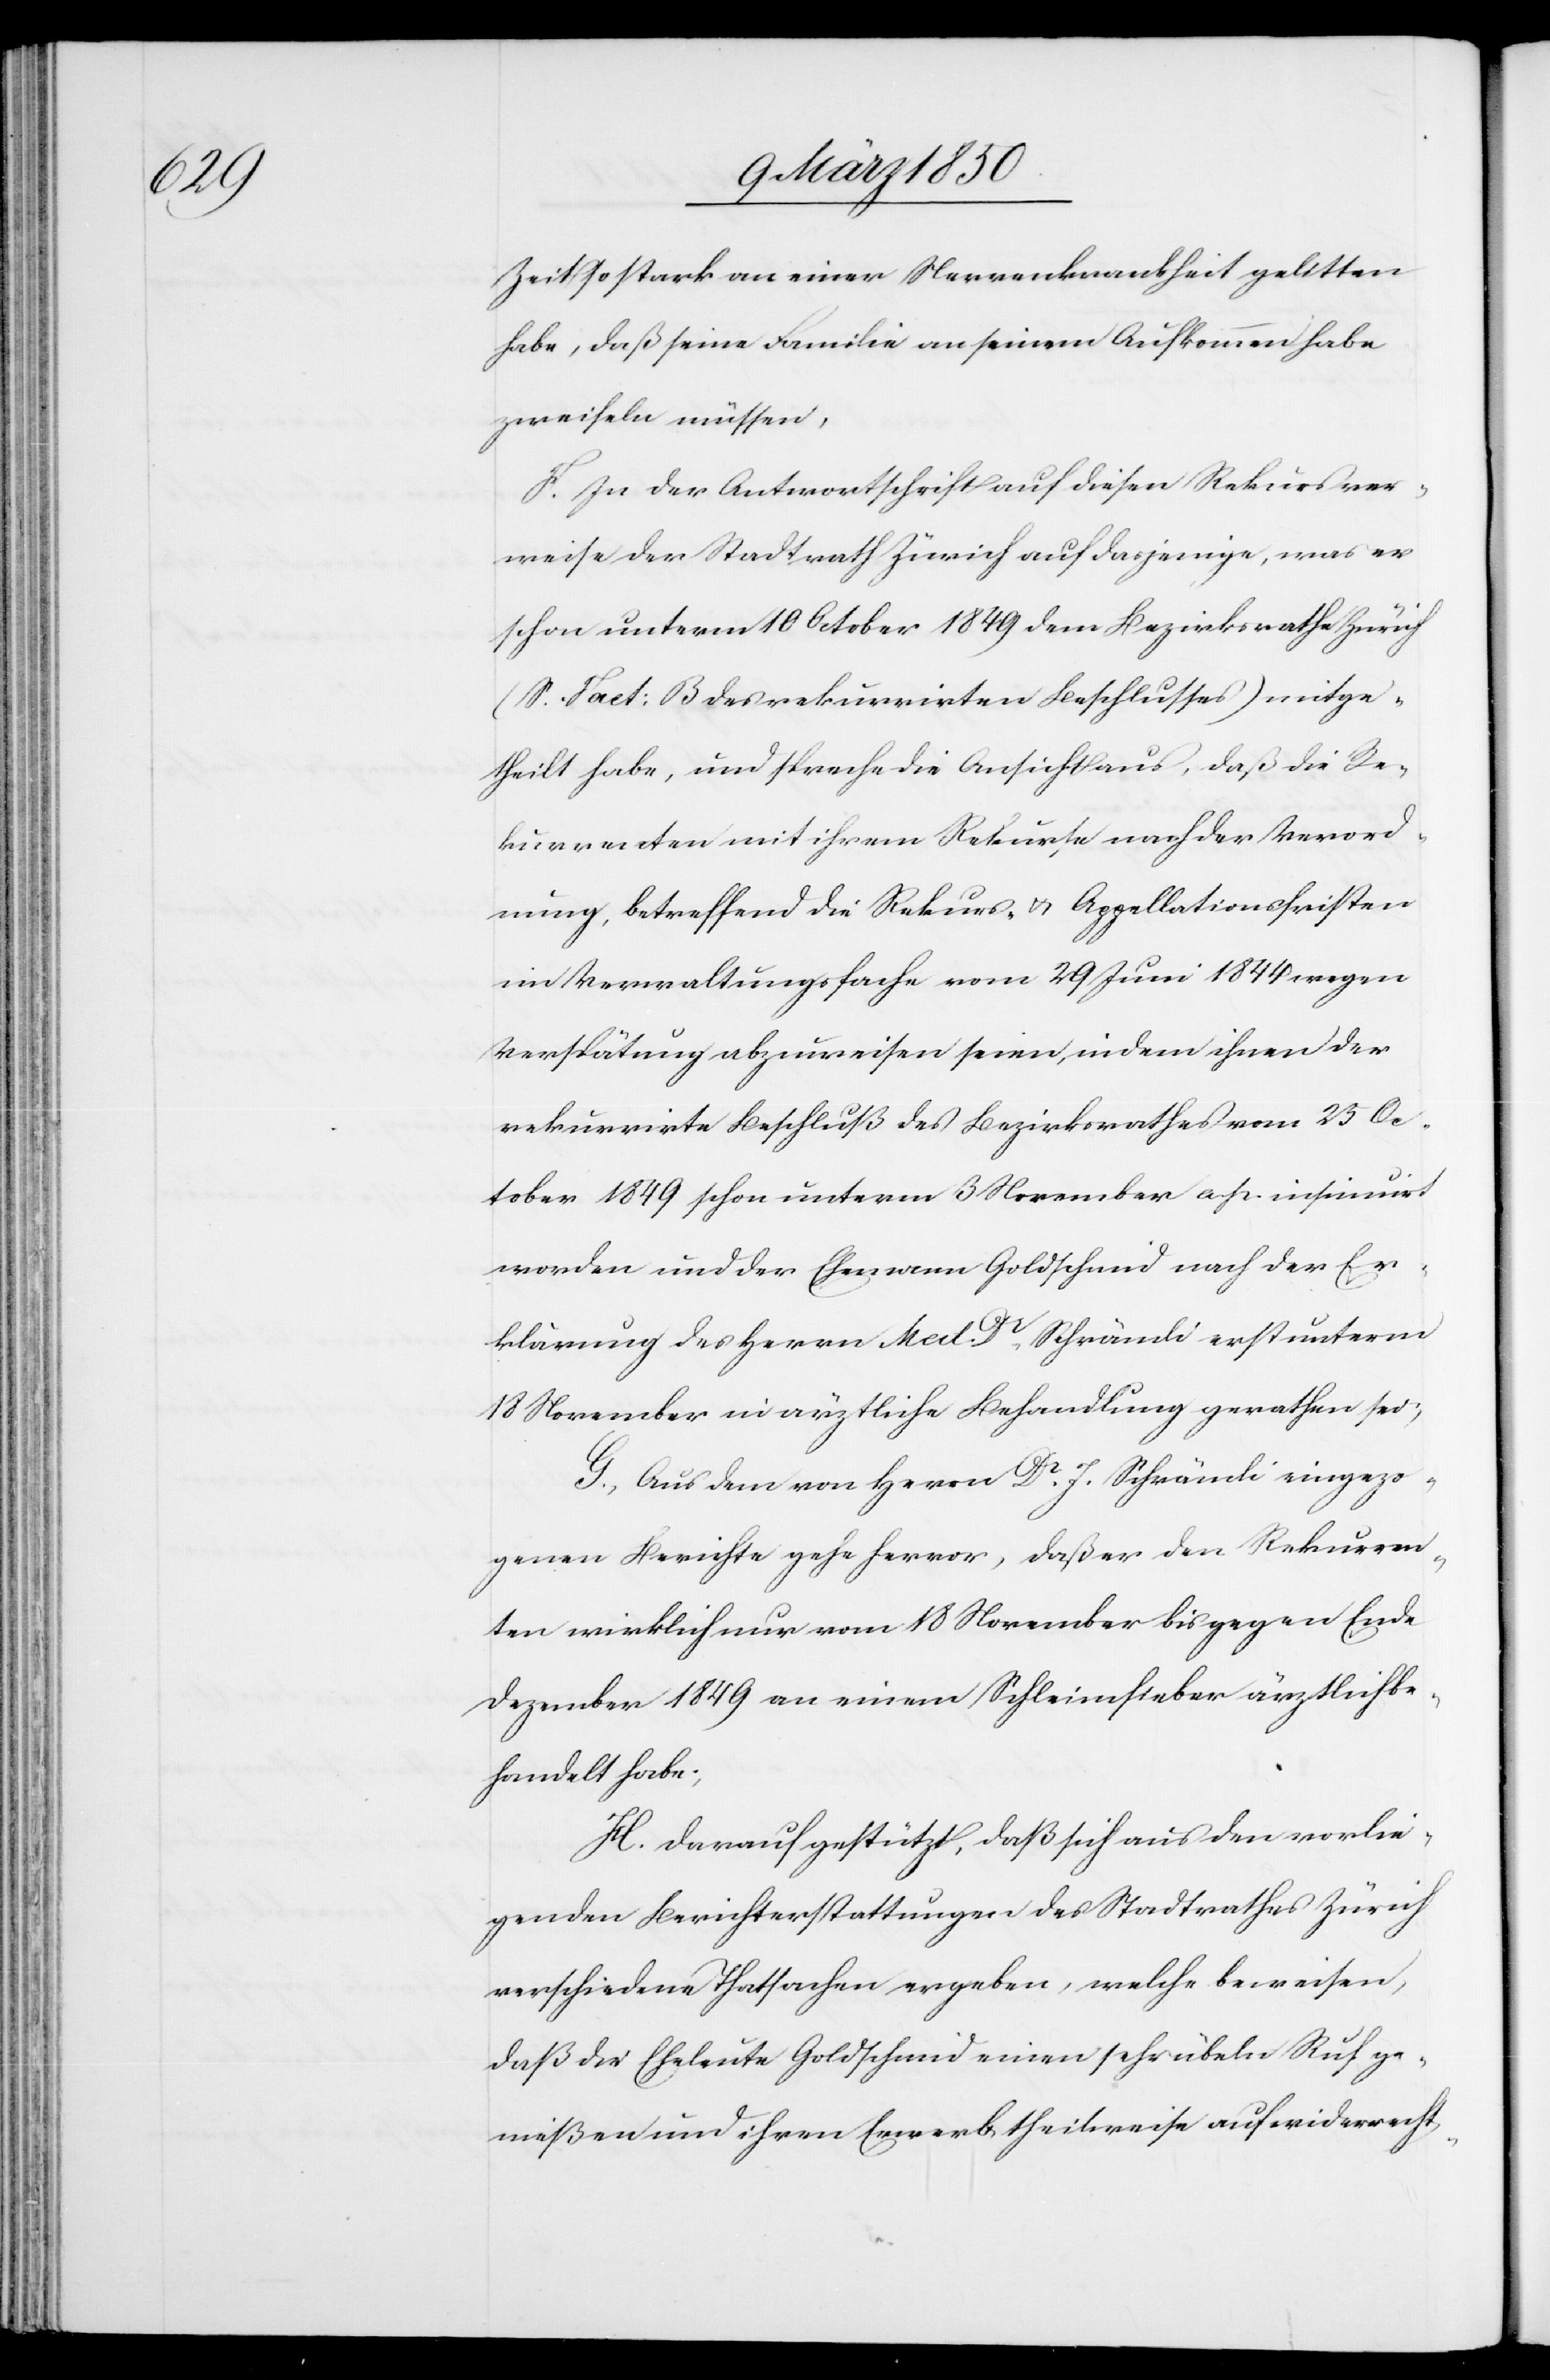
Zeit so stark an einer Nervenkrankheit gelitten
habe, daß seine Familie an seinem Aufkommen habe
zweifeln müssen,
F. In der Antwortschrift auf diesen Rekurs ver¬
weise der Stadtrath Zürich auf dasjenige, was er
schon unterm 10 October 1849 dem Bezirksrathe Zürich
(S. Fact: B des rekurrirten Beschlusses) mitge¬
theilt habe, und spreche die Ansicht aus, daß die Re¬
kurrenten mit ihrem Rekurse nach der Verord¬
nung, betreffend die Rekurs- u. Appellationsfristen
im Verwaltungsfache vom 29 Juni 1849 wegen
Verspätung abzuweisen seien, indem ihnen der
rekurrirte Beschluß des Bezirksrathes vom 25 Oc¬
tober 1849 schon unterm 3 November a. p. insinuirt
worden und der Ehemann Goldschmid nach der Er¬
klärung des Herrn Med. Dr Schrämli erst unterm
18 November in ärztliche Behandlung gerathen sei;
G. Aus dem von Herrn Dr. J. Schrämli eingezo¬
genen Berichte gehe hervor, daß er den Rekurren¬
ten wirklich nur vom 18 November bis gegen Ende
Dezember 1849 an einem Schleimfieber ärztlich be¬
handelt habe;
H. Darauf gestützt, daß sich aus den vorlie¬
genden Berichterstattungen des Stadtrathes Zürich
verschiedene Thatsachen ergeben, welche beweisen,
daß die Eheleute Goldschmid einen sehr übeln Ruf ge¬
nießen und ihren Erwerb theilweise auf widerrecht-